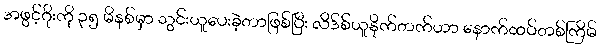
အဖွင့်ဂိုးကို ၃၅ မိနစ်မှာ သွင်းယူပေးခဲ့တာဖြစ်ပြီး လိဒ်စ်ယူနိုက်တက်ဟာ နောက်ထပ်တစ်ကြိမ်